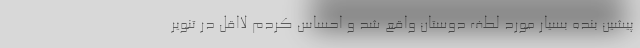
پیشین بنده بسیار مورد لطف دوستان واقع شد و احساس کردم لااقل در تنویر